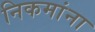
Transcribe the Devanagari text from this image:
निकमांना